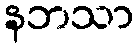
နဘသာ